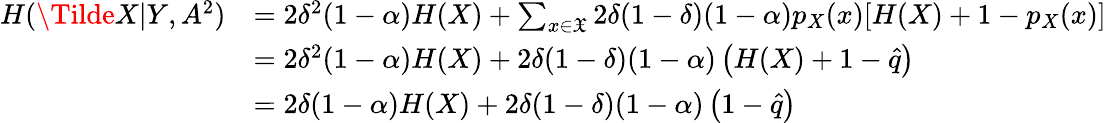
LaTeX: \begin{array}{rl}{H(\Tilde{{X}}|{Y},{A}^{2})}&{=2\delta^{2}(1-\alpha)H(X)+\sum_{x\in\mathfrak{X}}2\delta(1-\delta)(1-\alpha)p_{X}(x)[H(X)+1-p_{X}(x)]}\\ &{=2\delta^{2}(1-\alpha)H(X)+2\delta(1-\delta)(1-\alpha)\left(H(X)+1-\hat{q}\right)}\\ &{=2\delta(1-\alpha)H(X)+2\delta(1-\delta)(1-\alpha)\left(1-\hat{q}\right)}\end{array}